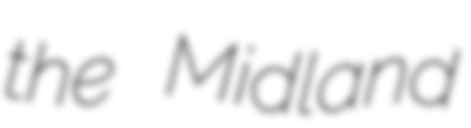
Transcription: the Midland